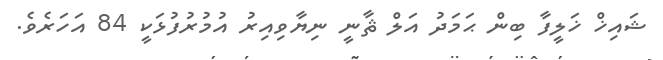
ޝައިޚް ޚަލީފާ ބިން ޙަމަދު އަލް ޘާނީ ނިޔާވިއިރު އުމުރުފުޅަކީ 84 އަހަރެވެ.